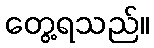
တွေ့ရသည်။